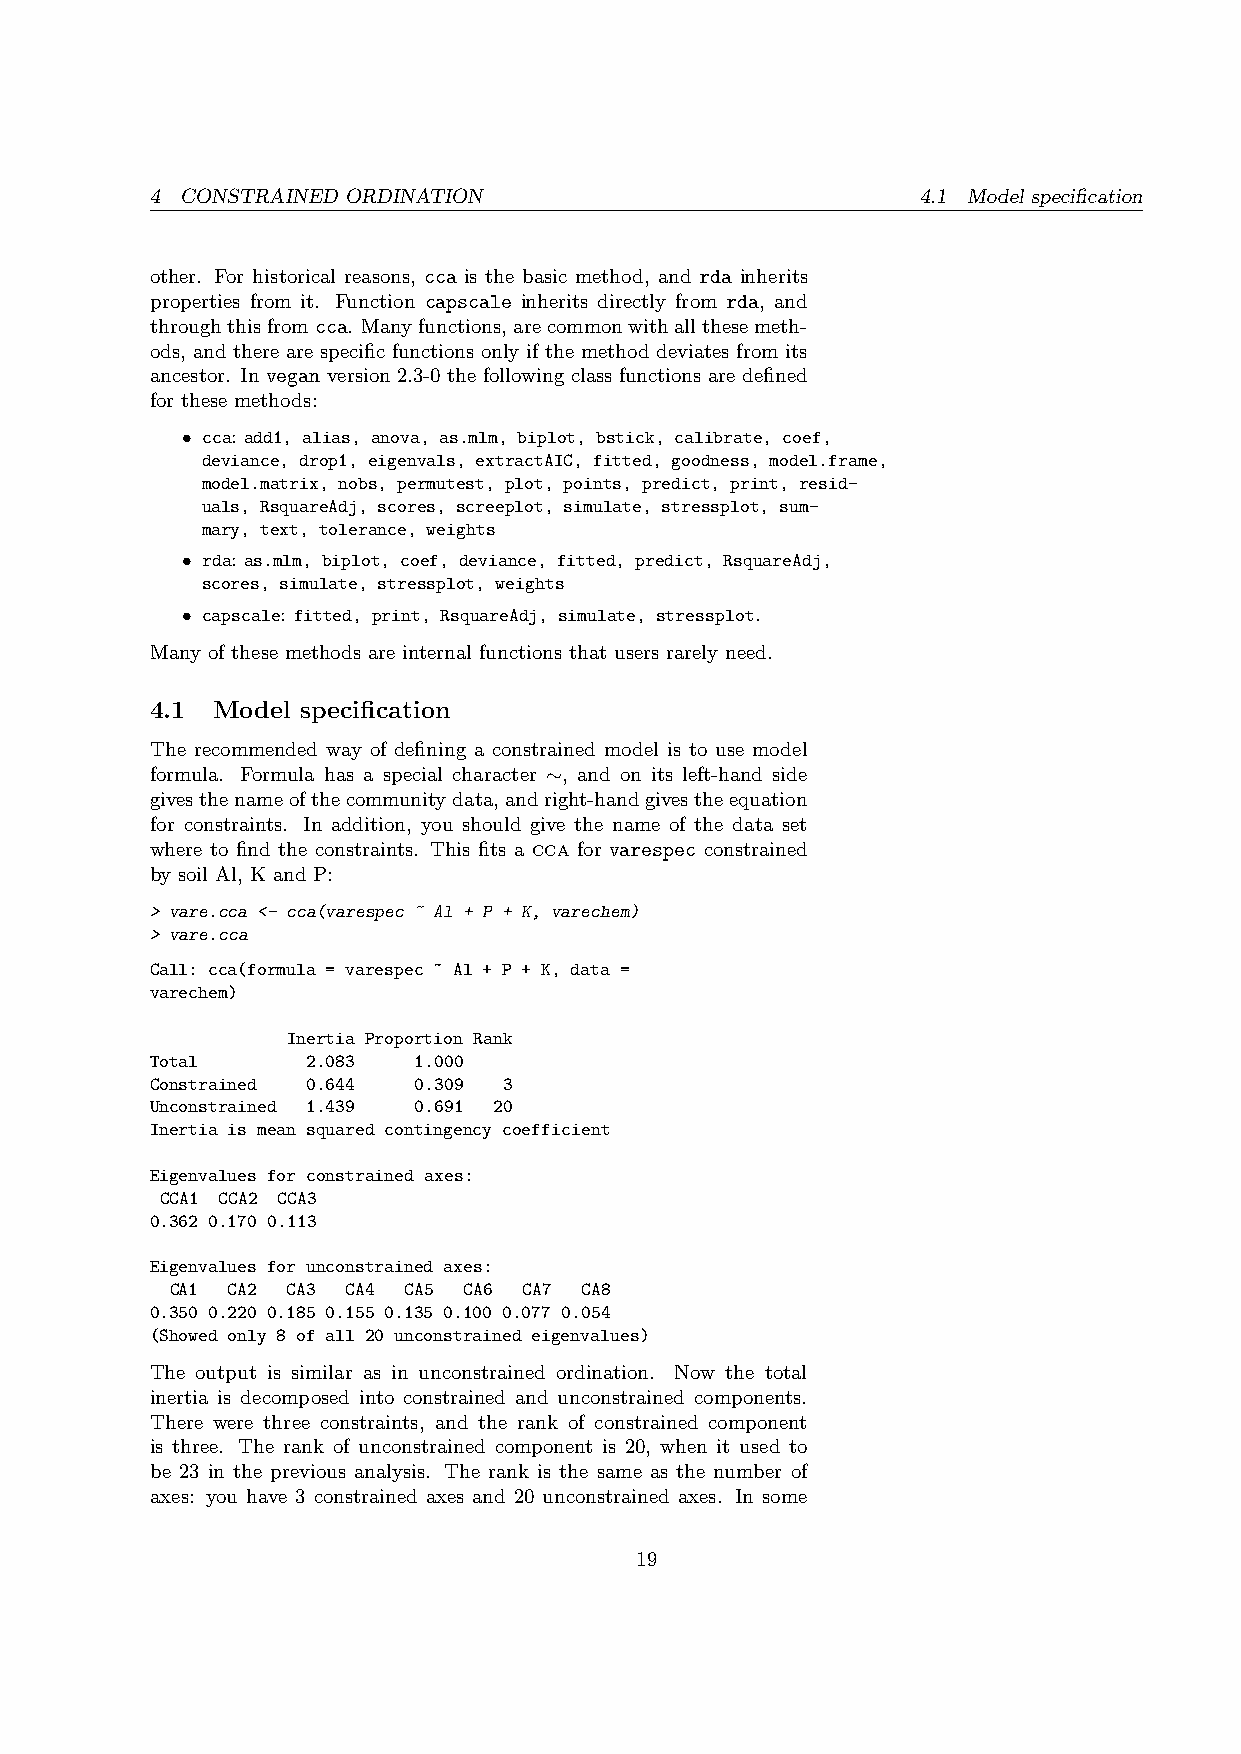
4 CONSTRAINED ORDINATION                           4.1 Model specification
 other. For historical reasons, cca is the basic method, and rda inherits
 properties from it. Function capscale inherits directly from rda, and
 throughthisfromcca. Manyfunctions,arecommonwithallthesemeth-
 ods, and there are specific functions only if the method deviates from its
 ancestor. In vegan version 2.3-0 the following class functions are defined
 for these methods:
 • cca: add1, alias, anova, as.mlm, biplot, bstick, calibrate, coef,
 deviance, drop1, eigenvals, extractAIC, fitted, goodness, model.frame,
 model.matrix, nobs, permutest, plot, points, predict, print, resid-
 uals, RsquareAdj, scores, screeplot, simulate, stressplot, sum-
 mary, text, tolerance, weights
 • rda: as.mlm, biplot, coef, deviance, fitted, predict, RsquareAdj,
 scores, simulate, stressplot, weights
 • capscale: fitted, print, RsquareAdj, simulate, stressplot.
 Many of these methods are internal functions that users rarely need.
 4.1 Model specification
 The recommended way of defining a constrained model is to use model
 formula. Formula has a special character ∼, and on its left-hand side
 givesthenameofthecommunitydata,andright-handgivestheequation
 for constraints. In addition, you should give the name of the data set
 where to find the constraints. This fits a cca for varespec constrained
 by soil Al, K and P:
 > vare.cca <- cca(varespec ~ Al + P + K, varechem)
 > vare.cca
 Call: cca(formula = varespec ~ Al + P + K, data =
 varechem)
 Inertia Proportion Rank
 Total     2.083  1.000
 Constrained 0.644 0.309 3
 Unconstrained 1.439 0.691 20
 Inertia is mean squared contingency coefficient
 Eigenvalues for constrained axes:
 CCA1 CCA2 CCA3
 0.362 0.170 0.113
 Eigenvalues for unconstrained axes:
 CA1 CA2 CA3 CA4 CA5 CA6 CA7 CA8
 0.350 0.220 0.185 0.155 0.135 0.100 0.077 0.054
 (Showed only 8 of all 20 unconstrained eigenvalues)
 The output is similar as in unconstrained ordination. Now the total
 inertia is decomposed into constrained and unconstrained components.
 There were three constraints, and the rank of constrained component
 is three. The rank of unconstrained component is 20, when it used to
 be 23 in the previous analysis. The rank is the same as the number of
 axes: you have 3 constrained axes and 20 unconstrained axes. In some
 19